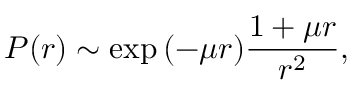
P ( r ) \sim \exp { \left( - \mu r \right) } \frac { 1 + \mu r } { r ^ { 2 } } ,